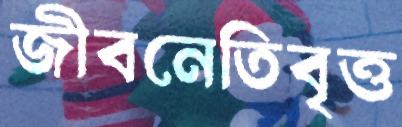
জীবনেতিবৃত্ত